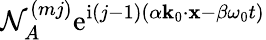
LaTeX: \mathcal{N}_{A}^{(mj)}\mathrm{e}^{\mathrm{i}(j-1)(\alpha\mathbf{k}_{0}\cdot\mathbf{x}-\beta\omega_{0}t)}